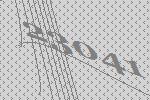
23041